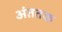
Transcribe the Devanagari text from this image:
अंततक